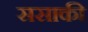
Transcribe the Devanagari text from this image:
ससाकी